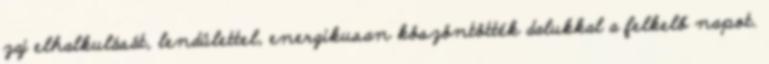
zaj elhalkulását, lendülettel, energikusan köszöntötték dalukkal a felkelő napot.